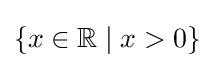
\left\{x\in \mathbb {R} \mid x>0\right\}